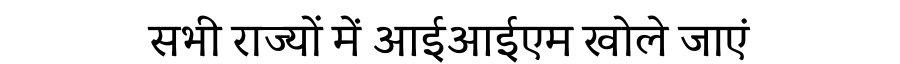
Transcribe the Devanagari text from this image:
सभी राज्यों में आईआईएम खोले जाएं